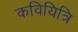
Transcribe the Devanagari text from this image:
कवियित्रि